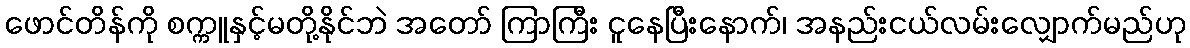
ဖောင်တိန်ကို စက္ကူနှင့်မတို့နိုင်ဘဲ အတော် ကြာကြီး ငူနေပြီးနောက်၊ အနည်းငယ်လမ်းလျှောက်မည်ဟု